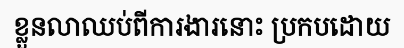
ខ្លួនលាឈប់ពីការងារនោះ ប្រកបដោយ